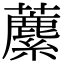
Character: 𧃧